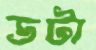
ডটা